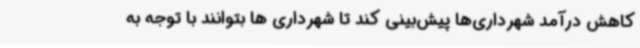
کاهش درآمد شهرداری‌ها پیش‌بینی کند تا شهرداری ها بتوانند با توجه به